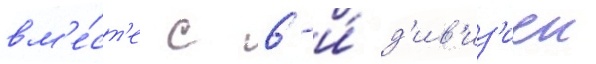
вм'е́ст'е с 6-и́ д'ив'из'иеи